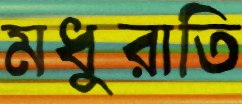
মধুরাতি